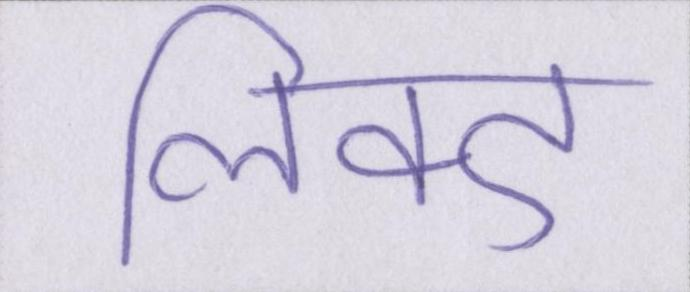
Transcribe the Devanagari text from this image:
लिंक्ड